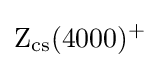
{\rm {Z_{cs}(4000)^{+}}}